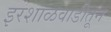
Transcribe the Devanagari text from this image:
इरशाळवाडीतून